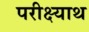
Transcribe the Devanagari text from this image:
परीक्ष्याथ